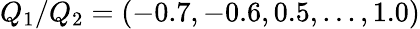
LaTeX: Q_{1}/Q_{2}=(-0.7,-0.6,0.5,...,1.0)